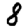
Digit: 8